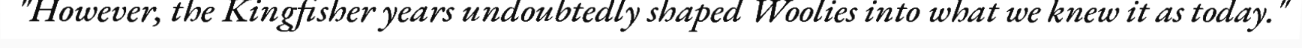
"However, the Kingfisher years undoubtedly shaped Woolies into what we knew it as today."